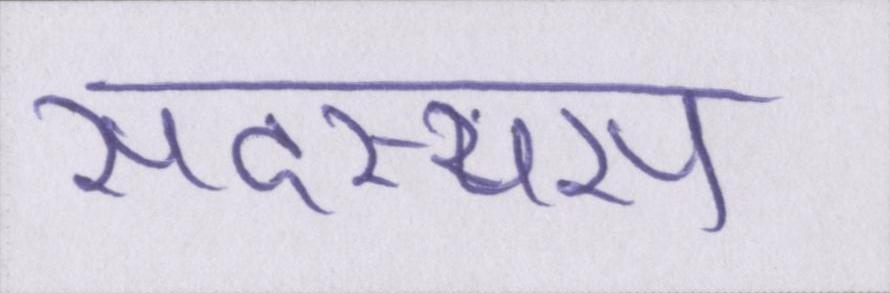
सदस्यस